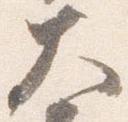
大